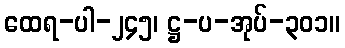
ထေရ-ပါ-၂၄၅၊ ဋ္ဌ-ပ-အုပ်-၃၀၁။